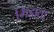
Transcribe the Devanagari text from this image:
भिड़ाता